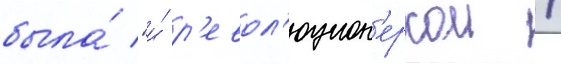
была́ "и́ р'евол'юцион'еркои /